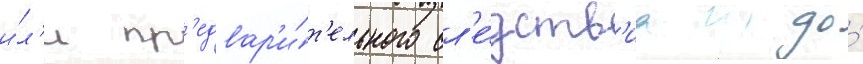
и́л'и пр'едвар'и́т'ельного сл'е́дств'иа до́